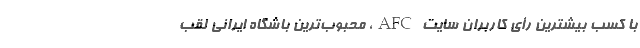
با کسب بیشترین رأی کاربران سایت AFC، محبوب‌ترین باشگاه ایرانی لقب